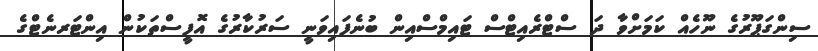
ސިންގަޕޫރުގެ ނޫހެއް ކަމަށްވާ ދަ ސްޓްރެއިޓްސް ޓައިމްސްއިން ބުނެފައިވަނީ ސަރުކާރުގެ އޮފީސްތަކުން އިންޓަރނެޓްގެ